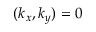
( k _ { x } , k _ { y } ) = 0